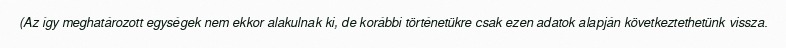
(Az így meghatározott egységek nem ekkor alakulnak ki, de korábbi történetükre csak ezen adatok alapján következtethetünk vissza.